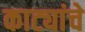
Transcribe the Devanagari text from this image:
काट्यांचे